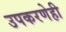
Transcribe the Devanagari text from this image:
उपकरणेही